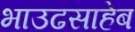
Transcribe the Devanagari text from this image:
भाउढसाहेब